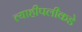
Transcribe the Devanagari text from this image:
त्याहीपलीकडे